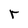
Character: r